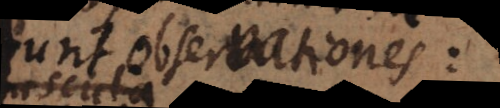
erunt observationes: